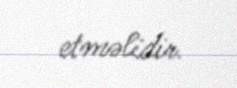
etməlidir.